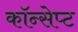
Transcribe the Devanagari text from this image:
कॉन्‍सेप्‍ट